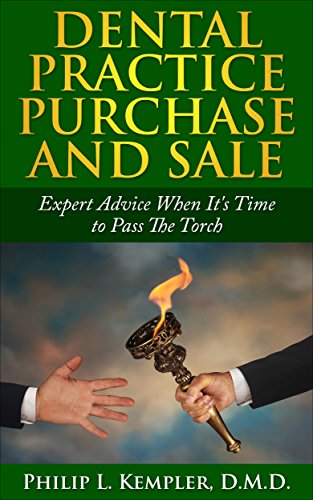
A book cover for Dental Practice Purchase and Sale: Expert Advice When It's Time to Pass The Torch; Philip Kempler DMD; Medical Books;